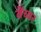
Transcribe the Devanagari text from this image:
वेंच्यर